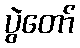
ပွဲတော်